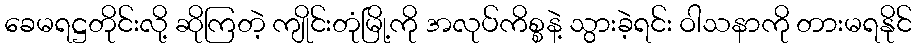
ခေမရဋ္ဌတိုင်းလို့ ဆိုကြတဲ့ ကျိုင်းတုံမြို့ကို အလုပ်ကိစ္စနဲ့ သွားခဲ့ရင်း ဝါသနာကို တားမရနိုင်